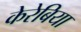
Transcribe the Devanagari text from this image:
केरेबिया